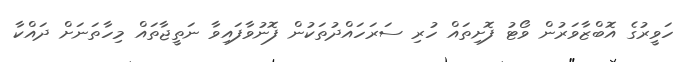
ހަވީރުގެ އޮބްޒާވަރުން ވޯޓު ފޮށިތައް ހުރި ސަރަހައްދުތަކުން ފޮނުވާފައިވާ ނަތީޖާތައް މިހާތަނަށް ދައްކާ